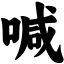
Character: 喊